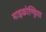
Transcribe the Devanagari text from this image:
माइकोण्ड्रिया